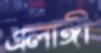
এলাঙ্গী